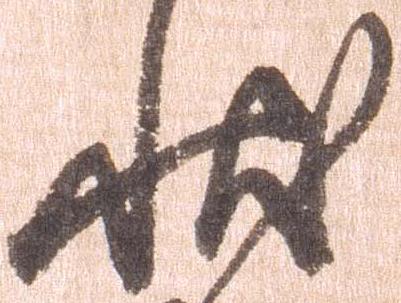
状